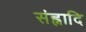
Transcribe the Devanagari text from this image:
संह्नादि